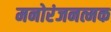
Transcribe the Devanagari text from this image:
मनोरंजनत्मक